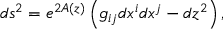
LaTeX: d s ^ { 2 } = e ^ { 2 A ( z ) } \left( g _ { i j } d x ^ { i } d x ^ { j } - d z ^ { 2 } \right) ,